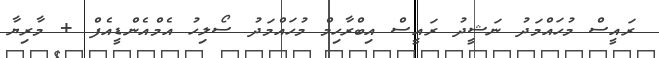
ރައީސް މުހައްމަދު ނަޝީދު ރައީސް އިބްރާހިމް މުހައްމަދު ސޯލިހު އެމްއެންޑީއެފް + މާރިޔާ